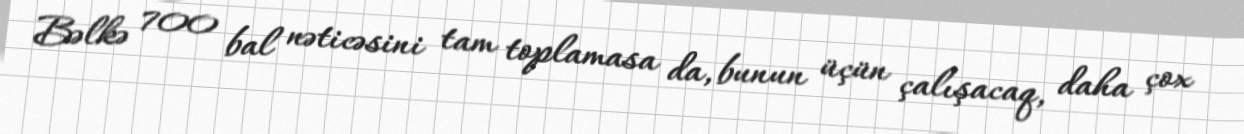
Bəlkə 700 bal nəticəsini tam toplamasa da, bunun üçün çalışacaq, daha çox